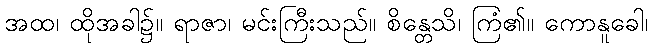
အထ၊ ထိုအခါ၌။ ရာဇာ၊ မင်းကြီးသည်။ စိန္တေသိ၊ ကြံ၏။ ကောနူခေါ၊